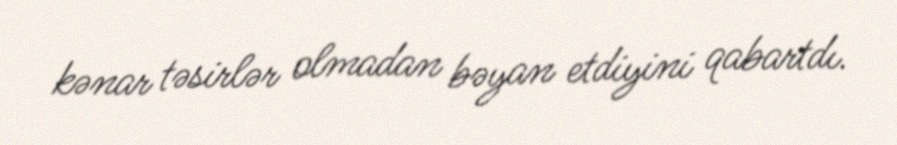
kənar təsirlər olmadan bəyan etdiyini qabartdı.